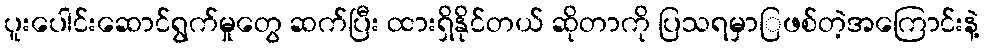
ပူးပေါင်းဆောင်ရွက်မှုတွေ ဆက်ပြီး ထားရှိနိုင်တယ် ဆိုတာကို ပြသရမှာြဖစ်တဲ့အကြောင်းနဲ့